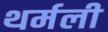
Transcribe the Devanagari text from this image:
थर्मली